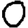
Digit: 0